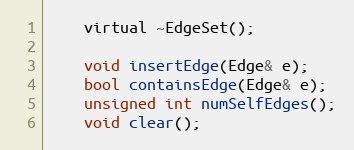
Language: C
	virtual ~EdgeSet();

	void insertEdge(Edge& e);
	bool containsEdge(Edge& e);
	unsigned int numSelfEdges();
	void clear();